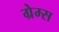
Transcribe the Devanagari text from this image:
ग्रेम्स